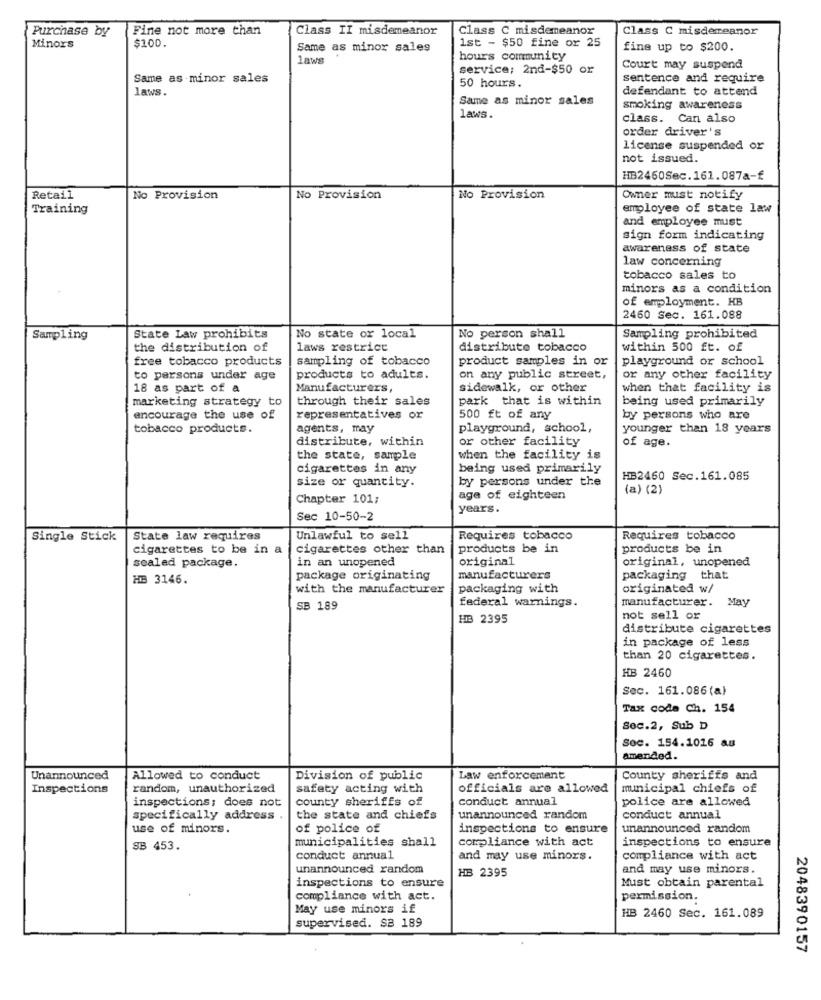
Purchase by
Fine not more than
Class II misdemeanor
Class C misdemeanor
Class C misdemeanor
$100.
1st - $50 fine or 25
Minors
Same as minor sales
fine up to $200.
laws
hours community
service; 2nd-$50 or
Court may suspend
Same as minor sales
50 hours.
sentence and require
laws.
defendant to attend
Same as minor sales
laws.
smoking awareness
class. Can also
order driver's
license suspended or
not issued.
HB2460Sec.161.087a-f
Retail
No Provision
No Provision
No Provision
Owner must notify
Training
employee of state law
and employee must
sign form indicating
awareness of state
law concerning
tobacco sales to
minors as a condition
of employment. KB
2460 Sec. 161.088
Sampling
State Law prohibits
No state or local
No person shall
Sampling prohibited
the distribution of
laws restrict
distribute tobacco
within 500 ft. of
free tobacco products
sampling of tobacco
product samples in or
playground or school
to persons under age
products to adults.
on any public street,
or any other facility
18 as part of a
Manufacturers,
sidewalk, or other
when that facility is
through their sales
park that is within
being used primarily
marketing strategy to
encourage the use of
representatives or
500 ft of any
by persons who are
tobacco products.
agents, may
playground, school,
younger than 18 years
distribute, within
or other facility
of age.
the state, sample
when the facility is
cigarettes in any
being used primarily
size or quantity.
by persons under the
HB2460 Sec.161.085
(a) (2)
Chapter 101;
age of eighteen
years.
Sec 10-50-2
Single Stick
State law requires
Unlawful to sell
Requires tobacco
Requires tobacco
cigarettes to be in a
cigarettes other than
products be in
products be in
in an unopened
original
original, unopened
sealed package.
HB 3146.
package originating
manufacturers
packaging that
with the manufacturer
packaging with
originated w/
federal warnings.
manufacturer. May
SB 189
HB 2395
not sell or
distribute cigarettes
in package of less
than 20 cigarettes.
HB 2460
Sec. 161.086 (a)
Tax code Ch. 154
Sec.2, Sub D
Soc. 154.1016 au
amended.
Unannounced
Allowed to conduct
Division of public
Law enforcement
County sheriffs and
Inspections
random, unauthorized
safety acting with
officials are allowed
municipal chiefs of
inspections; does not
county sheriffs of
conduct annual
police are allowed
specifically address .
the state and chiefs
unannounced random
conduct annual
use of minors.
of police of
inspections to ensure
unannounced random
municipalities shall
compliance with act
inspections to ensure
SB 453.
conduct annual
and may use minors.
compliance with act
unannounced random
HB 2395
and may use minors.
inspections to ensure
Must obtain parental
compliance with act.
permission.
May use minors if
supervised. SB 189
HB 2460 Sec. 161.089
2048390157